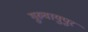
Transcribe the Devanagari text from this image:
गुरुवायुपुर